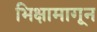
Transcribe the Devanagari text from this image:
भिक्षामागून